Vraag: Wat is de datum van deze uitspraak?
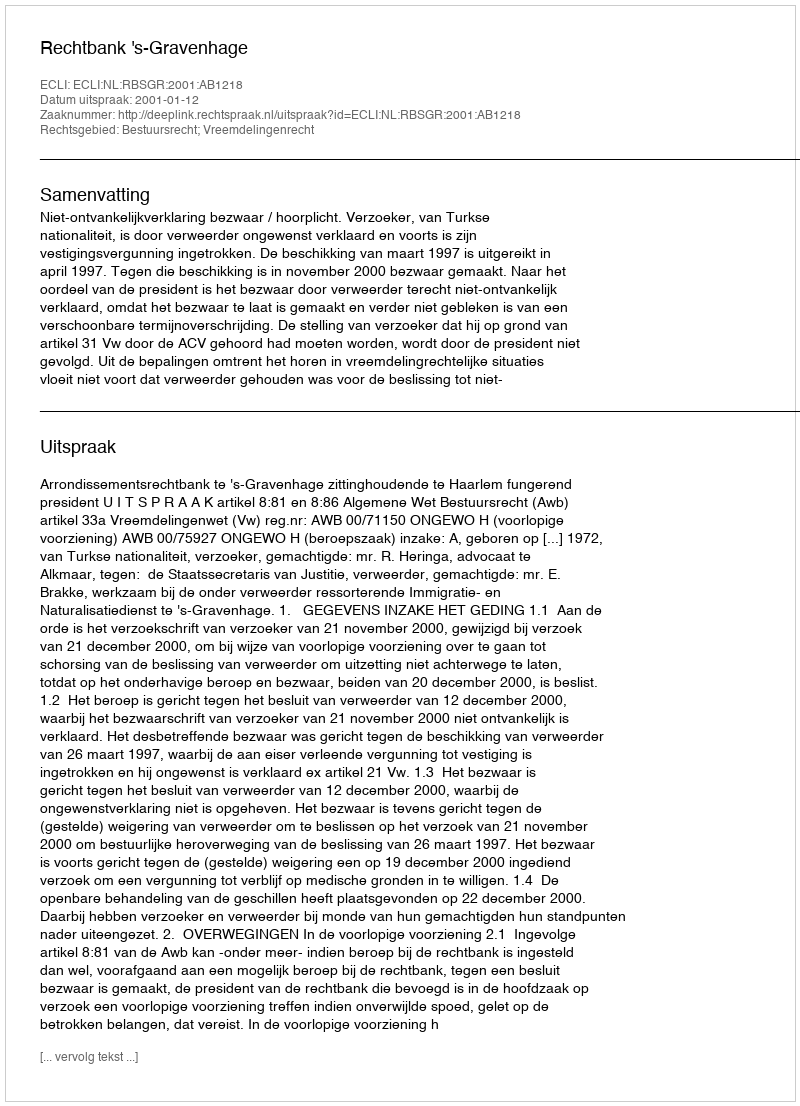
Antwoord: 2001-01-12